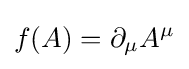
f(A)=\partial _{\mu }A^{\mu }